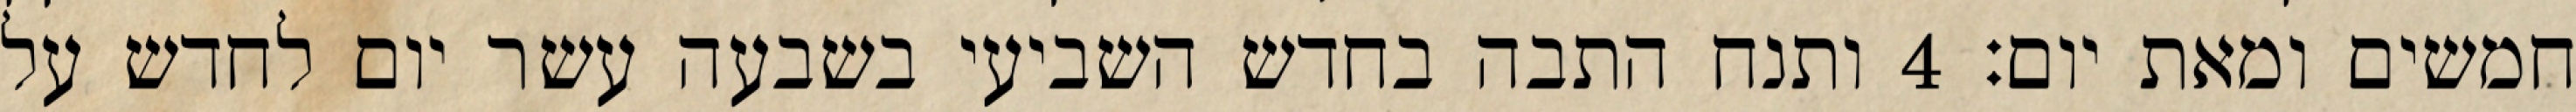
חמשים ומאת יום׃ ‎4‏ ותנח התבה בחדש השביעי בשבעה עשר יום לחדש על